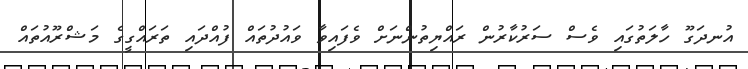
އުނދަގޫ ހާލަތުގައި ވެސް ސަރުކާރުން ރައްޔިތުންނަށް ވެފައިވާ ވައުދުތައް ފުއްދައި ތަރައްގީގެ މަޝްރޫއުތައް